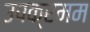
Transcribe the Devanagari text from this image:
उपक्रमम